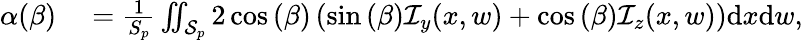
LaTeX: \begin{array}{rl}{\alpha(\beta)}&{{}=\frac{1}{S_{p}}\iint_{\mathcal{S}_{p}}2\cos{(\beta)}\left(\sin{(\beta)}\mathcal{I}_{y}(x,w)+\cos{(\beta)}\mathcal{I}_{z}(x,w)\right)\mathrm{d}x\mathrm{d}w,}\end{array}